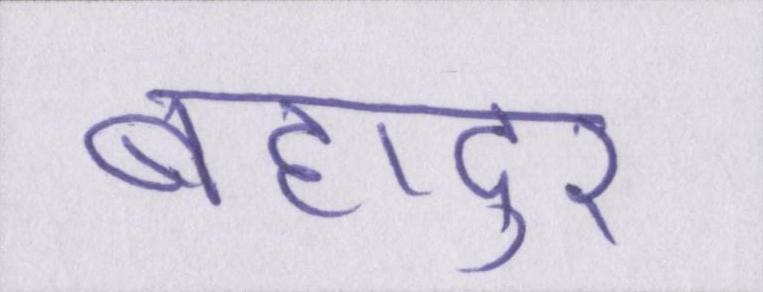
बहादुर